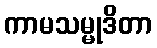
ကာမသမ္မုဒိတာ